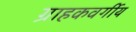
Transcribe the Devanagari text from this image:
ग्राहकवर्गीय